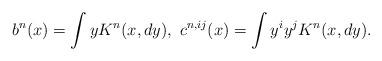
LaTeX: \begin{align*}b^n(x) = \int y K^n(x,dy),~c^{n,ij}(x)= \int y^iy^jK^n(x,dy).\end{align*}